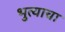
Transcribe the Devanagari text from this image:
भुत्याचा